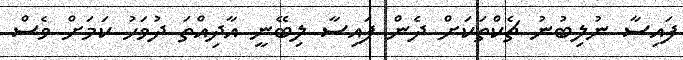
ފައިސާ ނުލިބުނު ޗެކްތަކަށް ދެން ފައިސާ ލިބޭނީ އާދިއްތަ ދުވަހު ކަމަށް ވެސް